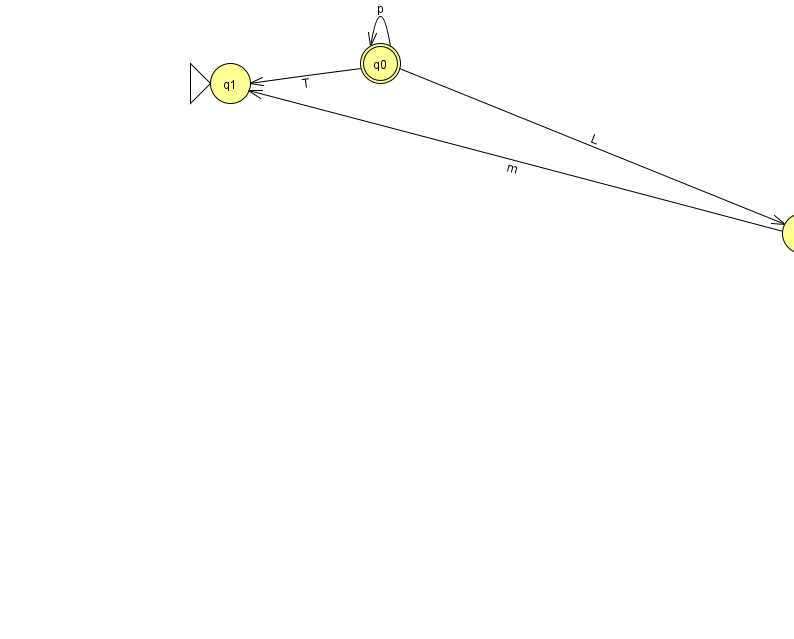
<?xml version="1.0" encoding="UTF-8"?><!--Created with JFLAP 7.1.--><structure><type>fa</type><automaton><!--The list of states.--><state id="0" name="q0"><x>380.0</x><y>50.0</y><final/></state><state id="1" name="q1"><x>230.0</x><y>70.0</y><initial/></state><state id="2" name="q2"><x>802.0</x><y>220.0</y></state><!--The list of transitions.--><transition><from>0</from><to>0</to><read>p</read></transition><transition><from>0</from><to>2</to><read>L</read></transition><transition><from>0</from><to>1</to><read>T</read></transition><transition><from>2</from><to>1</to><read>m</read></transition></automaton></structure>